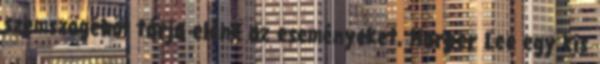
szemszögéből tárja elénk az eseményeket, Harper Lee egy kis